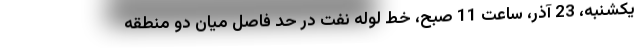
يكشنبه، 23 آذر، ساعت 11 صبح، خط لوله نفت در حد فاصل ميان دو منطقه